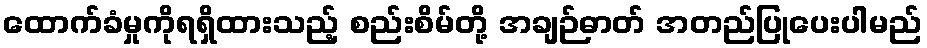
ထောက်ခံမှုကိုရရှိထားသည့် စည်းစိမ်တို့ အချဉ်ဓာတ် အတည်ပြုပေးပါမည်